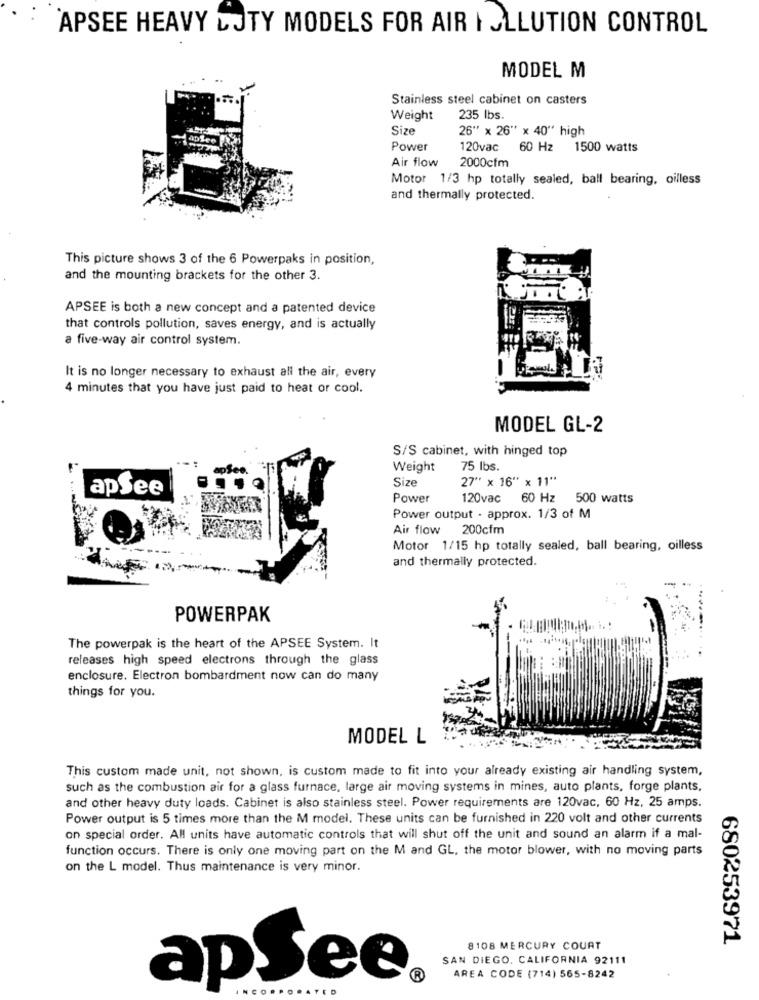
APSEE HEAVY LJTY MODELS FOR AIR I JLLUTION CONTROL
MODEL M
Stainless steel cabinet on casters
Weight
235 lbs.
Size
26" x 26" x 40" high
Power
120vac
60 Hz 1500 watts
Air flow
2000cfm
Motor 1/3 hp totally sealed, ball bearing, oilless
and thermally protected.
This picture shows 3 of the 6 Powerpaks in position,
and the mounting brackets for the other 3.
APSEE is both a new concept and a patented device
that controls pollution, saves energy, and is actually
a five-way air control system.
It is no longer necessary to exhaust all the air, every
4 minutes that you have just paid to heat or cool.
MODEL GL-2
S/S cabinet, with hinged top
Weight
75 Ibs.
Size
27" x 16" x 11"
apSee
Power
120vac 60 Hz
500 watts
Power output - approx. 1/3 of M
Air flow 200cfm
Motor 1/15 hp totally sealed, ball bearing, oilless
and thermally protected.
POWERPAK
The powerpak is the heart of the APSEE System. It
releases high speed electrons through the glass
enclosure. Electron bombardment now can do many
things for you.
MODEL L
This custom made unit, not shown, is custom made to fit into your already existing air handling system,
such as the combustion air for a glass furnace, large air moving systems in mines, auto plants, forge plants,
and other heavy duty loads. Cabinet is also stainless steel. Power requirements are 120vac, 60 Hz, 25 amps.
Power output is 5 times more than the M model. These units can be furnished in 220 volt and other currents
on special order. All units have automatic controls that will shut off the unit and sound an alarm if a mal-
function occurs. There is only one moving part on the M and GL, the motor blower, with no moving parts
on the L model. Thus maintenance is very minor.
680253971
8108 MERCURY COURT
SAN DIEGO, CALIFORNIA 92111
apSee.
AREA CODE (714) 565-8242